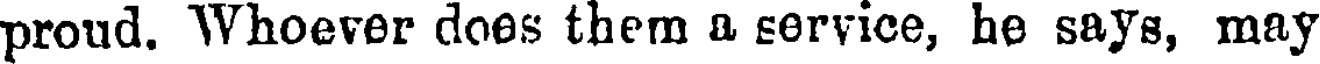
proud. Whoever does them a service, he says, may